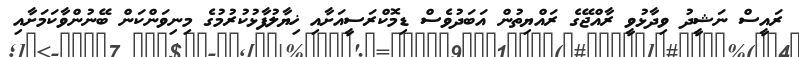
ރައީސް ނަޝީދު ވިދާޅުވީ ރާއްޖޭގެ ރައްޔިތުން އަބަދުވެސް ޑިމޮކްރަސީއަށާއި ޚިޔާލުފާޅުކުރުމުގެ މިނިވަންކަން ބޭނުންވާކަމަށާއި